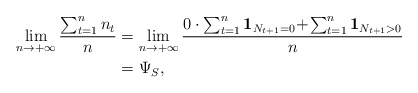
\begin{align*}\lim_{n \to +\infty} \frac{\sum_{t=1}^{n}n_t}{n} &= \lim_{n \to +\infty} \frac{0\cdot\sum_{t=1}^n \mathbf{1}_{N_{t+1}=0}\!+\! \sum_{t=1}^n \mathbf{1}_{N_{t+1}>0}}{n} \\&= \Psi_S,\end{align*}